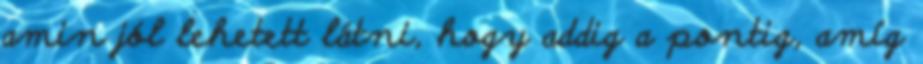
amin jól lehetett látni, hogy addig a pontig, amíg